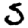
Digit: 5